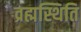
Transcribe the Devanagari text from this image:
व्रह्मस्थिति